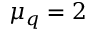
\mu _ { q } = 2